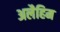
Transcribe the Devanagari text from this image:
अलैहिम